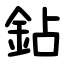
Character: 鉆